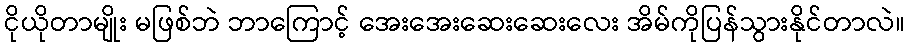
ငိုယိုတာမျိုး မဖြစ်ဘဲ ဘာကြောင့် အေးအေးဆေးဆေးလေး အိမ်ကိုပြန်သွားနိုင်တာလဲ။